画像に写った文字を読んでください
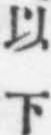
「以下」と書いてあります